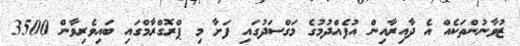
ޒުވާނުންތަކެއް އެ ދާއިރާއިން އުފެއްދުމުގެ މަގްސަދުގައި ފަށާ މި ޕްރޮގްރާމްގައި ބައިވެރިވާން 3500